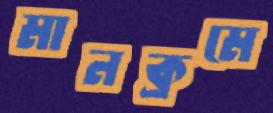
মানক্রমে